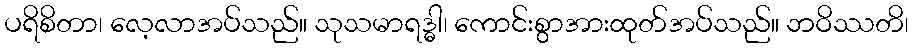
ပရိစိတာ၊ လေ့လာအပ်သည်။ သုသမာရဒ္ဓါ၊ ကောင်းစွာအားထုတ်အပ်သည်။ ဘဝိဿတိ၊